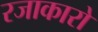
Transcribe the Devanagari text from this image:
रजाकारो